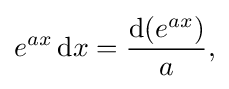
e^{ax}\,{\text{d}}x={\frac {{\text{d}}(e^{ax})}{a}},\,\!